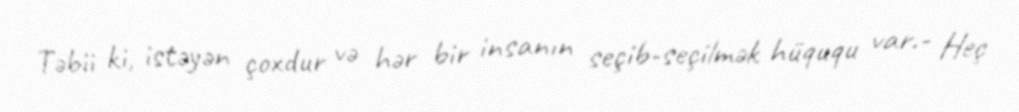
Təbii ki, istəyən çoxdur və hər bir insanın seçib-seçilmək hüququ var.- Heç